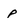
Character: p